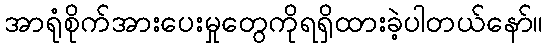
အာရုံစိုက်အားပေးမှုတွေကိုရရှိထားခဲ့ပါတယ်နော်။